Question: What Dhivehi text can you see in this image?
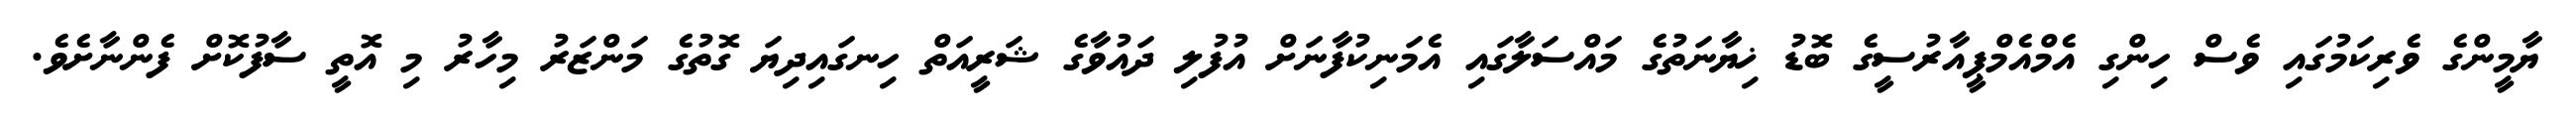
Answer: ޔާމީންގެ ވެރިކަމުގައި ވެސް ހިންގި އެމްއެމްޕީއާރުސީގެ ބޮޑު ޚިޔާނަތުގެ މައްސަލާގައި އެމަނިކުފާނަށް އުފުލި ދައުވާގެ ޝަރީއަތް ހިނގައިދިޔަ ގޮތުގެ މަންޒަރު މިހާރު މި އޮތީ ސާފުކޮށް ފެންނާށެވެ.